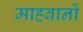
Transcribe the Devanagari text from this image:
माहबानों